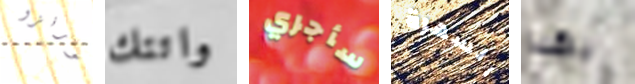
لورنزو واتتك سأجري السهرة بهذا